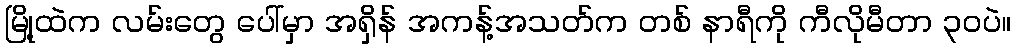
မြို့ထဲက လမ်းတွေ ပေါ်မှာ အရှိန် အကန့်အသတ်က တစ် နာရီကို ကီလိုမီတာ ၃၀ပဲ။